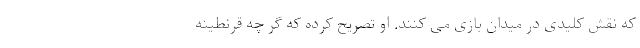
که نقش کلیدی در میدان بازی می کنند. او تصریح کرده که گر چه قرنطینه